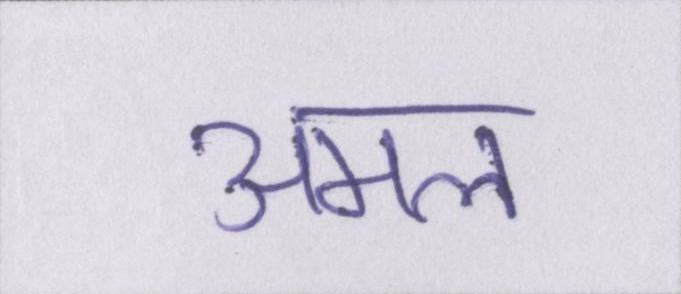
अमल